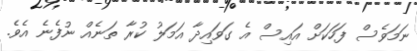
ނަމަވެސް ފަހަކަށް އައިސް އެ ގަވައިދާ އަމަލު ކުރާ ތަނެއް ނުފެނެ އެވެ.